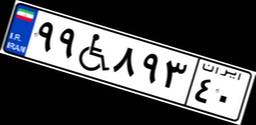
۹۹W۸۹۳۴۰